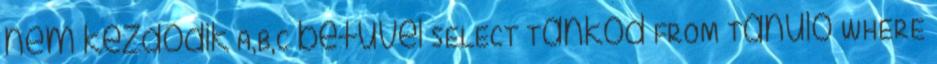
nem kezdődik A,B,C betűvel SELECT Tankod FROM Tanulo WHERE